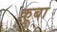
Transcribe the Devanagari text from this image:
क़ूबा